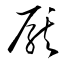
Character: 厭